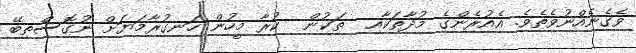
ވެގެނެއްނުވެތެވެ. އެއުރެންގެ މުދާތަކާއި  ތަކުން  ކުރާ މީހުން ހަނގުރާމަޔަށް ނުގޮސްތިބޭ